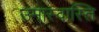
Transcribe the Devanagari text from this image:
उमास्वास्ति